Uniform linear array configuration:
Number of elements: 16
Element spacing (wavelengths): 1
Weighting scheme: exponential
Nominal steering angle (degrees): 60
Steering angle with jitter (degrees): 59.336
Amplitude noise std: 0.05
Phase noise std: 0.05

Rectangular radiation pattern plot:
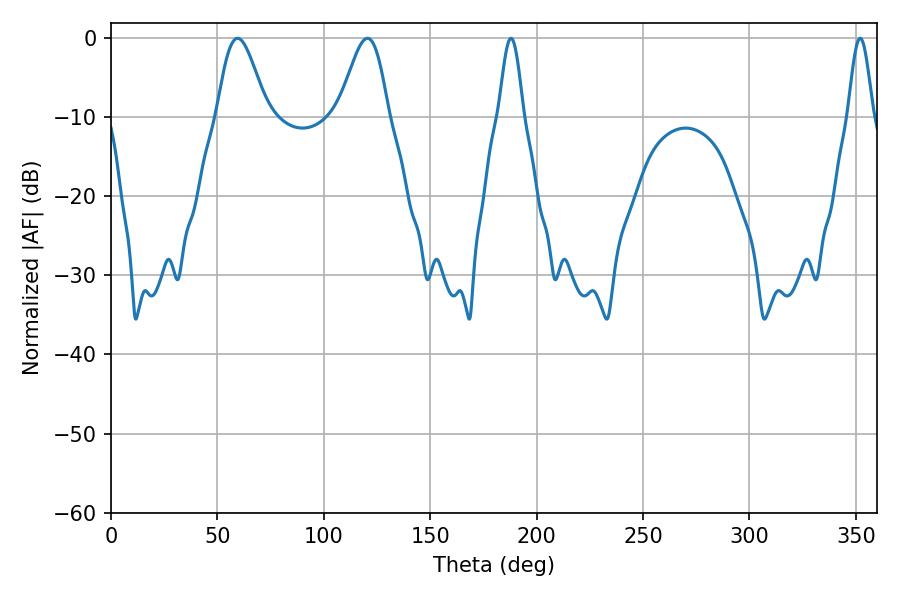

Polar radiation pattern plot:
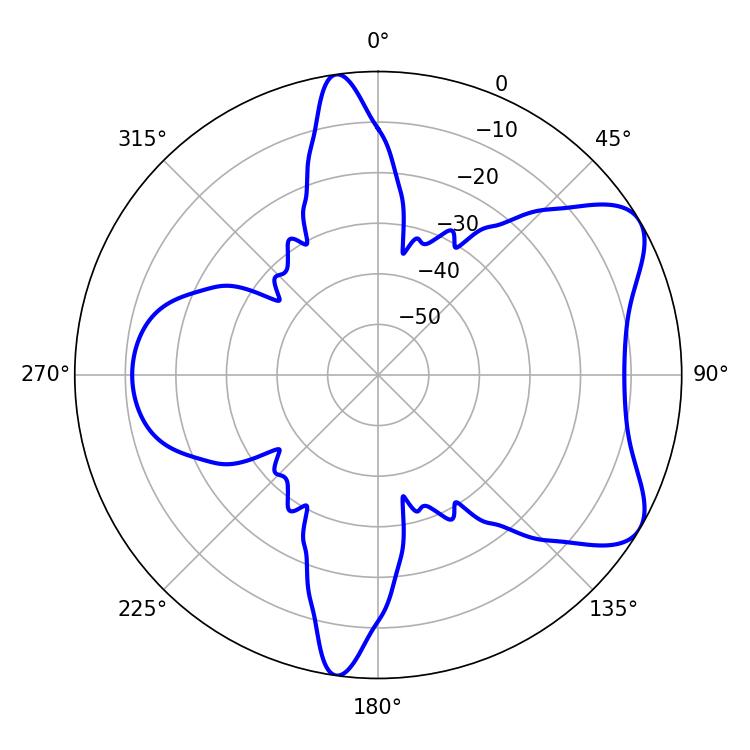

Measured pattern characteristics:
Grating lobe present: TRUE
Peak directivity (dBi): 7.011
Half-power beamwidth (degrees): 12.24
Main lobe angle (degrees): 59.4